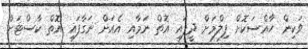
ވަކިން ހާއްސަކޮށް ފިލްމަށް ދީފައި އޮތް ނަމާއި އެއަށް ނަގާފައި އޮތް ކާސްޓަށް